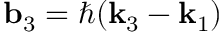
\mathbf { b } _ { 3 } = \hbar ( \mathbf { k } _ { 3 } - \mathbf { k } _ { 1 } )